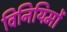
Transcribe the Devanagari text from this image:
विनियिमों